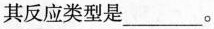
其反应类型是___。